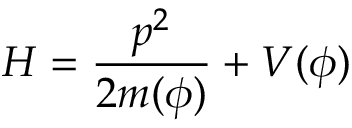
H = \frac { p ^ { 2 } } { 2 m ( \phi ) } + V ( \phi )